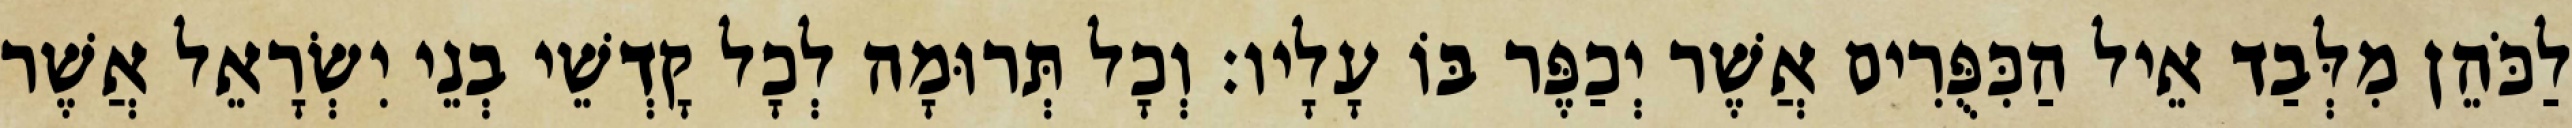
לַכֹּהֵן מִלְּבַד אֵיל הַכִּפֻּרִים אֲשֶׁר יְכַפֶּר בּוֹ עָלָיו׃ וְכָל תְּרוּמָה לְכָל קָדְשֵׁי בְנֵי יִשְׂרָאֵל אֲשֶׁר